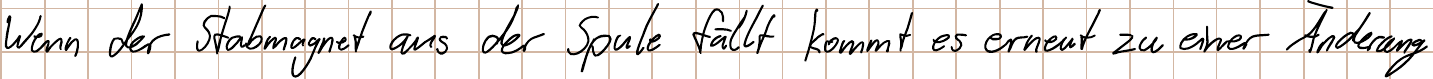
Wenn der Stabmagnet aus der Spule fällt kommt es erneut zu einer Änderung